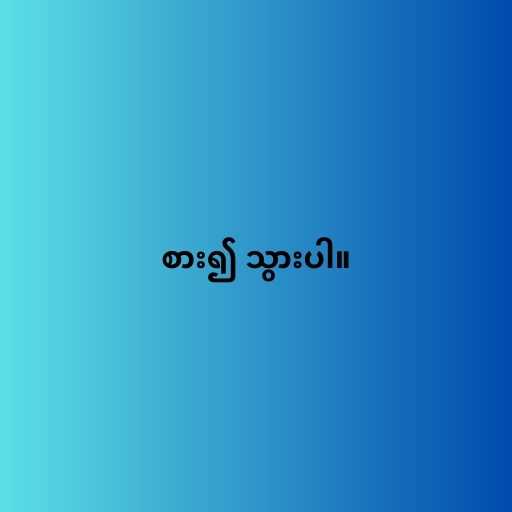
စား၍ သွားပါ။